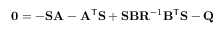
\mathbf { 0 } = - \mathbf { S } \mathbf { A } - \mathbf { A } ^ { \mathsf { T } } \mathbf { S } + \mathbf { S } \mathbf { B } \mathbf { R } ^ { - 1 } \mathbf { B } ^ { \mathsf { T } } \mathbf { S } - \mathbf { Q }